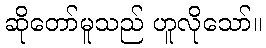
ဆိုတော်မူသည် ဟူလိုသော်။